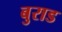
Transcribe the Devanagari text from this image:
बुराड